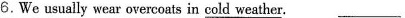
6.We usually wear overcoats in\underline{ cold weather} . ___